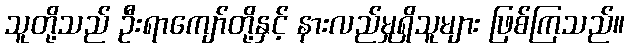
သူတို့သည် ဦးရာကျော်တို့နှင့် နားလည်မှုရှိသူများ ဖြစ်ကြသည်။